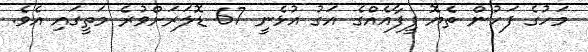
މަހުގެ ފަހުން ތެޔޮ ފީފާއެއްގެ އަގު އުޅެނީ 67 ޑޮލަރަށްވުރެ މަތީގައި އެވެ.